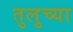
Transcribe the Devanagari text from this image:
तुलुच्या